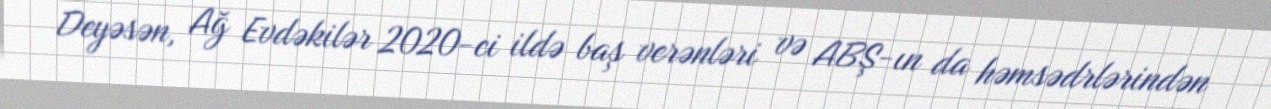
Deyəsən, Ağ Evdəkilər 2020-ci ildə baş verənləri və ABŞ-ın da həmsədrlərindən